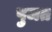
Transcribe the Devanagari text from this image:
पुजत